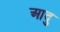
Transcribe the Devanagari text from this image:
आदु